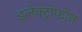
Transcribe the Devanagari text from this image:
इलेक्ट्रोफोन